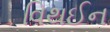
વિથઈન